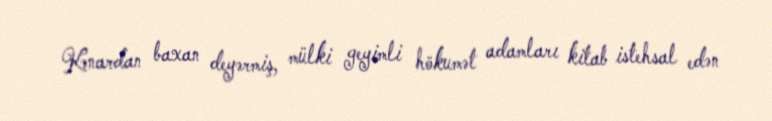
Kənardan baxan deyərmiş, mülki geyimli hökumət adamları kitab istehsal edən